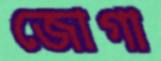
জোগা